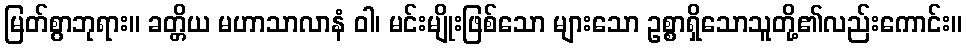
မြတ်စွာဘုရား။ ခတ္တိယ မဟာသာလာနံ ဝါ၊ မင်းမျိုးဖြစ်သော များသော ဥစ္စာရှိသောသူတို့၏လည်းကောင်း။